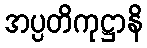
အပ္ပတိကုဋ္ဌာနိ